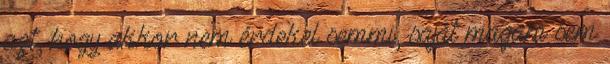
azt, hogy akkor nem érdekel semmi, saját magam sem